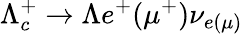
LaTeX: \Lambda_{c}^{+}\to\Lambda e^{+}(\mu^{+})\nu_{e(\mu)}